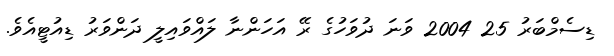
ޑިސެމްބަރު 25 2004 ވަނަ ދުވަހުގެ ރޭ އަހަންނާ ލައްވައިލީ ދަންވަރު ޑިއުޓީއެވެ.